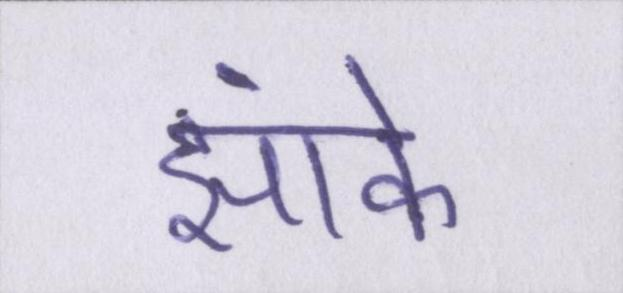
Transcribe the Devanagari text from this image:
झांके